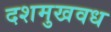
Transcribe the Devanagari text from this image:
दशमुखवध